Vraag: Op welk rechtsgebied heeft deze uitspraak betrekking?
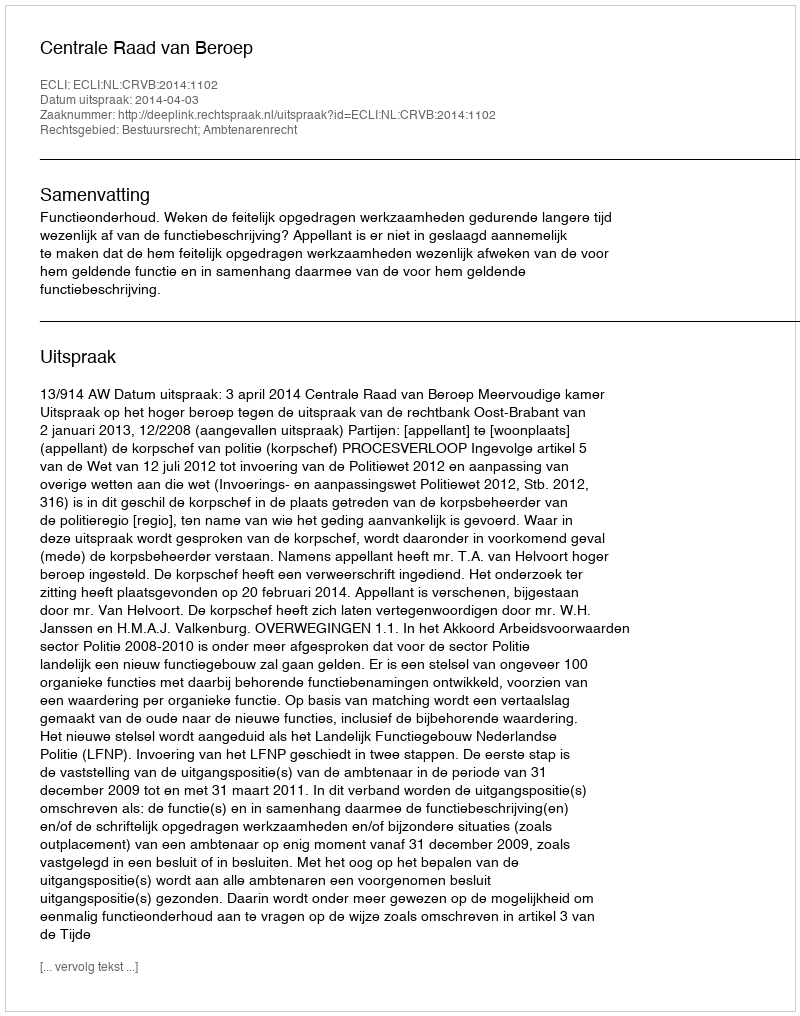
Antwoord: Bestuursrecht; Ambtenarenrecht